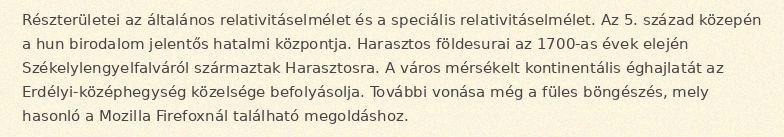
Részterületei az általános relativitáselmélet és a speciális relativitáselmélet. Az 5. század közepén a hun birodalom jelentős hatalmi központja. Harasztos földesurai az 1700-as évek elején Székelylengyelfalváról származtak Harasztosra. A város mérsékelt kontinentális éghajlatát az Erdélyi-középhegység közelsége befolyásolja. További vonása még a füles böngészés, mely hasonló a Mozilla Firefoxnál található megoldáshoz.